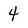
Character: 4